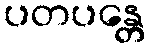
ပတပန္တေ